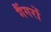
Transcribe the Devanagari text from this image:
गैंगरों